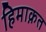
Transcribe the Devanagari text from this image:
हिमाक़त